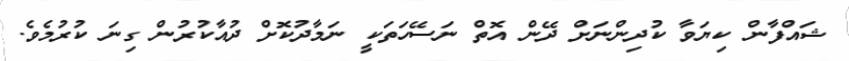
ޝައްފާން ކިޔަވާ ކުދިންނަށް ދޭން އޮތް ނަސޭހަތަކީ ނަމާދުކޮށް ދުއާކުރުން ގިނަ ކުރުމެވެ.